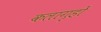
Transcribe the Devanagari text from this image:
कलागृहों